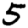
Digit: 5